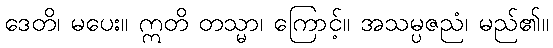
ဒေတိ၊ မပေး။ ဣတိ တသ္မာ၊ ကြောင့်။ အသမ္ပဇညံ၊ မည်၏။